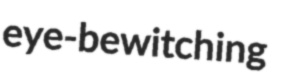
eye-bewitching